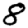
Digit: 8